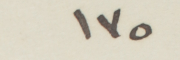
١٧٥